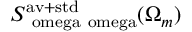
S _ { \mathrm { \ o m e g a \ o m e g a } } ^ { \mathrm { a v + s t d } } ( \Omega _ { m } )